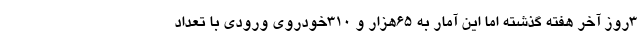
۳روز آخر هفته گذشته اما این آمار به ۶۵هزار و ۳۱۰خودروی ورودی با تعداد